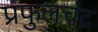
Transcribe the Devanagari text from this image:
प्रफुलचंद्र